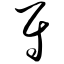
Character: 尉